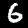
Label: 6